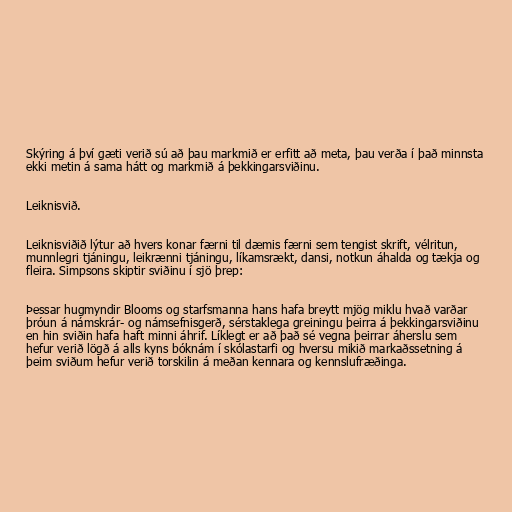
Skýring á því gæti verið sú að þau markmið er erfitt að meta, þau verða í það minnsta
ekki metin á sama hátt og markmið á þekkingarsviðinu.

Leiknisvið.

Leiknisviðið lýtur að hvers konar færni til dæmis færni sem tengist skrift, vélritun,
munnlegri tjáningu, leikrænni tjáningu, líkamsrækt, dansi, notkun áhalda og tækja og
fleira. Simpsons skiptir sviðinu í sjö þrep:

Þessar hugmyndir Blooms og starfsmanna hans hafa breytt mjög miklu hvað varðar
þróun á námskrár- og námsefnisgerð, sérstaklega greiningu þeirra á þekkingarsviðinu
en hin sviðin hafa haft minni áhrif. Líklegt er að það sé vegna þeirrar áherslu sem
hefur verið lögð á alls kyns bóknám í skólastarfi og hversu mikið markaðssetning á
þeim sviðum hefur verið torskilin á meðan kennara og kennslufræðinga.